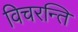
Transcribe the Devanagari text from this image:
विचरन्ति